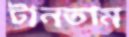
টানতাম